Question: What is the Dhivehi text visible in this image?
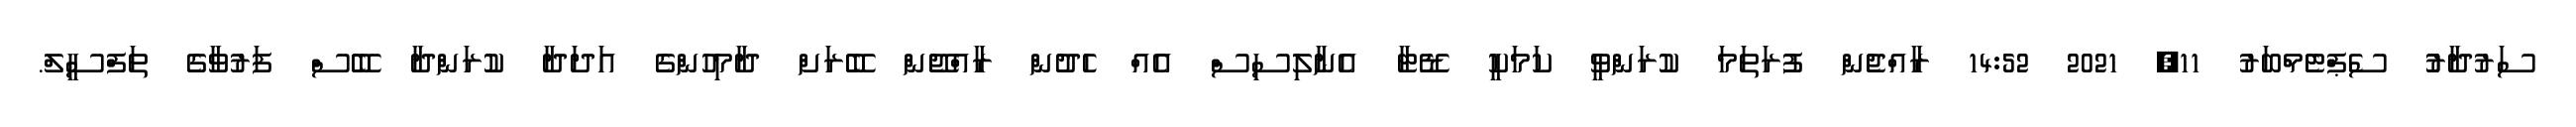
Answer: ސަރުދާރުު ސެޕްޓެމްބަރު 11, 2021 14:52 ރާއްޖެން ފުރަތަމަ ކުރަންވީ ކަމަކީ ޑޭޓާ އެނާލިސިސް އެއް ހެދުން ރާއްޖޭން ބޭރަށް ދާމިހުންގެ އަދަދާ ކުރަންދާ ބޭސް ފަރުވާގެ ތަފްސީލް.